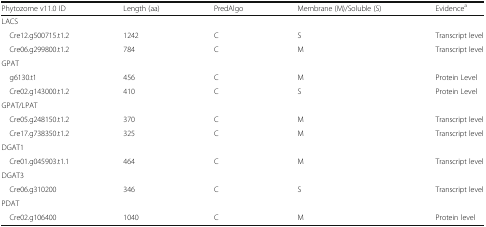
<table><thead><tr><td><b>Phytozome v11.0 ID</b></td><td><b>Length (aa)</b></td><td><b>PredAlgo</b></td><td><b>Membrane (M)/Soluble (S)</b></td><td><b>Evidence<sup>a</sup></b></td></tr></thead><tbody><tr><td colspan="5">LACS</td></tr><tr><td> Cre12.g500715.t1.2</td><td>1242</td><td>C</td><td>S</td><td>Transcript level</td></tr><tr><td> Cre06.g299800.t1.2</td><td>784</td><td>C</td><td>M</td><td>Transcript level</td></tr><tr><td colspan="5">GPAT</td></tr><tr><td> g6130.t1</td><td>456</td><td>C</td><td>M</td><td>Protein Level</td></tr><tr><td> Cre02.g143000.t1.2</td><td>410</td><td>C</td><td>S</td><td>Protein Level</td></tr><tr><td colspan="5">GPAT/LPAT</td></tr><tr><td> Cre05.g248150.t1.2</td><td>370</td><td>C</td><td>M</td><td>Transcript level</td></tr><tr><td> Cre17.g738350.t1.2</td><td>325</td><td>C</td><td>M</td><td>Transcript level</td></tr><tr><td colspan="5">DGAT1</td></tr><tr><td> Cre01.g045903.t1.1</td><td>464</td><td>C</td><td>M</td><td>Transcript level</td></tr><tr><td colspan="5">DGAT3</td></tr><tr><td> Cre06.g310200</td><td>346</td><td>C</td><td>S</td><td>Transcript level</td></tr><tr><td colspan="5">PDAT</td></tr><tr><td> Cre02.g106400</td><td>1040</td><td>C</td><td>M</td><td>Protein level</td></tr></tbody></table>